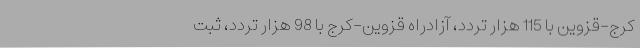
کرج-قزوین با 115 هزار تردد، آزادراه قزوین-کرج با 98 هزار تردد، ثبت